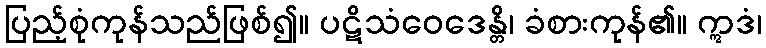
ပြည့်စုံကုန်သည်ဖြစ်၍။ ပဋိသံဝေဒေန္တိ၊ ခံစားကုန်၏။ ဣဒံ၊